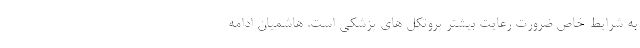
به شرایط خاص ضرورت رعایت بیشتر پروتکل های پزشکی است. هاشمیان ادامه